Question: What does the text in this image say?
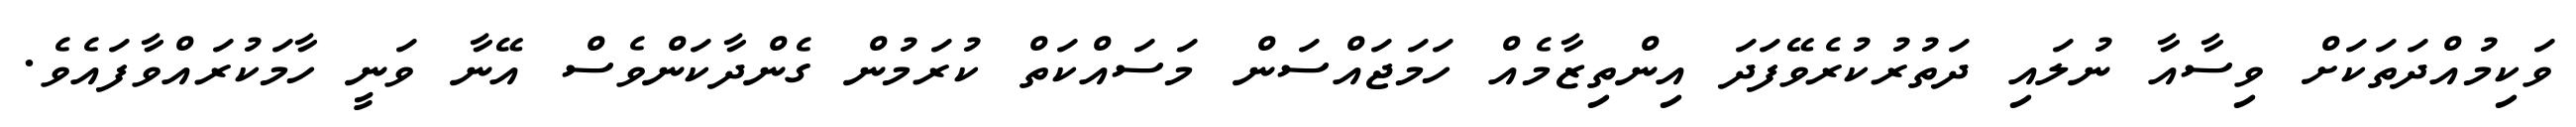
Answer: ވަކިމުއްދަތަކަށް ވިސާއާ ނުލައި ދަތުރުކުރެވޭފަދަ އިންތިޒާމެއް ހަމަޖައްސަން މަސައްކަތް ކުރަމުން ގެންދާކަންވެސް އޭނާ ވަނީ ހާމަކުރައްވާފައެވެ.